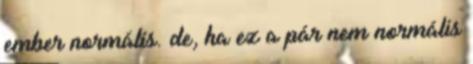
ember normális. de, ha ez a pár nem normális